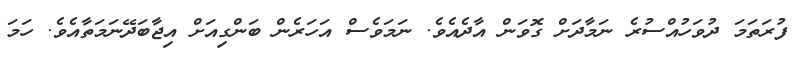
ފުރަތަމަ ދުވަހުއްސުރެ ނަމާދަށް ގޮވަން އާދެއެވެ. ނަމަވެސް އަހަރެން ބަންގިއަށް އިޖާބަދޭނަމަތާއެވެ. ހަމަ